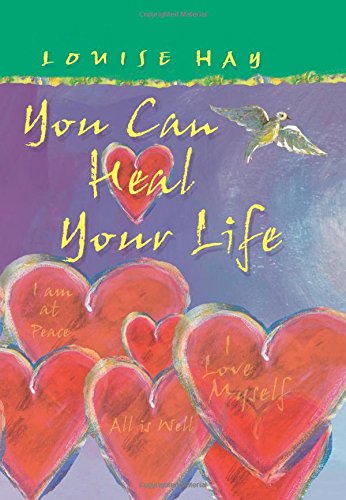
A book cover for You Can Heal Your Life (Gift Edition); Louise Hay; Health, Fitness & Dieting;